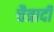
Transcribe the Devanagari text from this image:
चैत्रादी